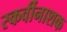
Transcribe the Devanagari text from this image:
स्कर्वीनाशक